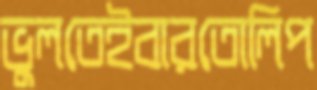
ভুলতেইবারতোলিপ